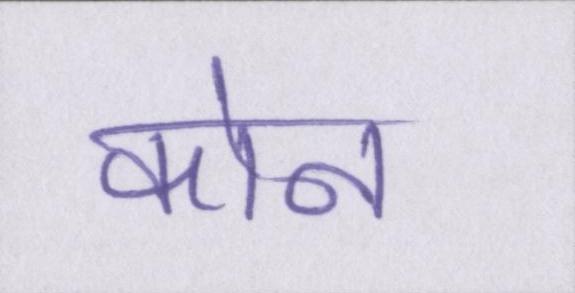
कोन